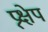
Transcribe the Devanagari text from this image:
प्र्क्षेप